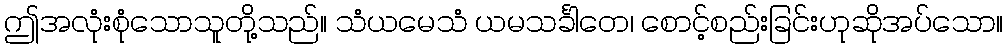
ဤအလုံးစုံသောသူတို့သည်။ သံယမေသံ ယမသင်္ခါတေ၊ စောင့်စည်းခြင်းဟုဆိုအပ်သော။